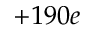
+ 1 9 0 e